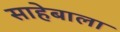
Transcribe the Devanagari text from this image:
साहेबाला